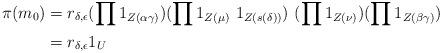
LaTeX: \begin{align*}\pi(m_0) &= r_{\delta,\epsilon} (\prod 1_{Z(\alpha\gamma)}) (\prod 1_{Z(\mu)} \ 1_{Z(s(\delta))}) \ (\prod 1_{Z(\nu)}) (\prod 1_{Z(\beta\gamma)}) \\&= r_{\delta,\epsilon} 1_{U}\end{align*}